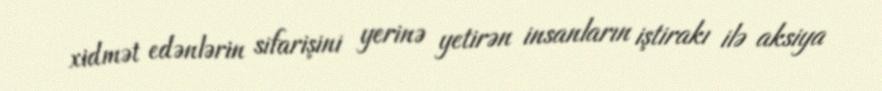
xidmət edənlərin sifarişini yerinə yetirən insanların iştirakı ilə aksiya